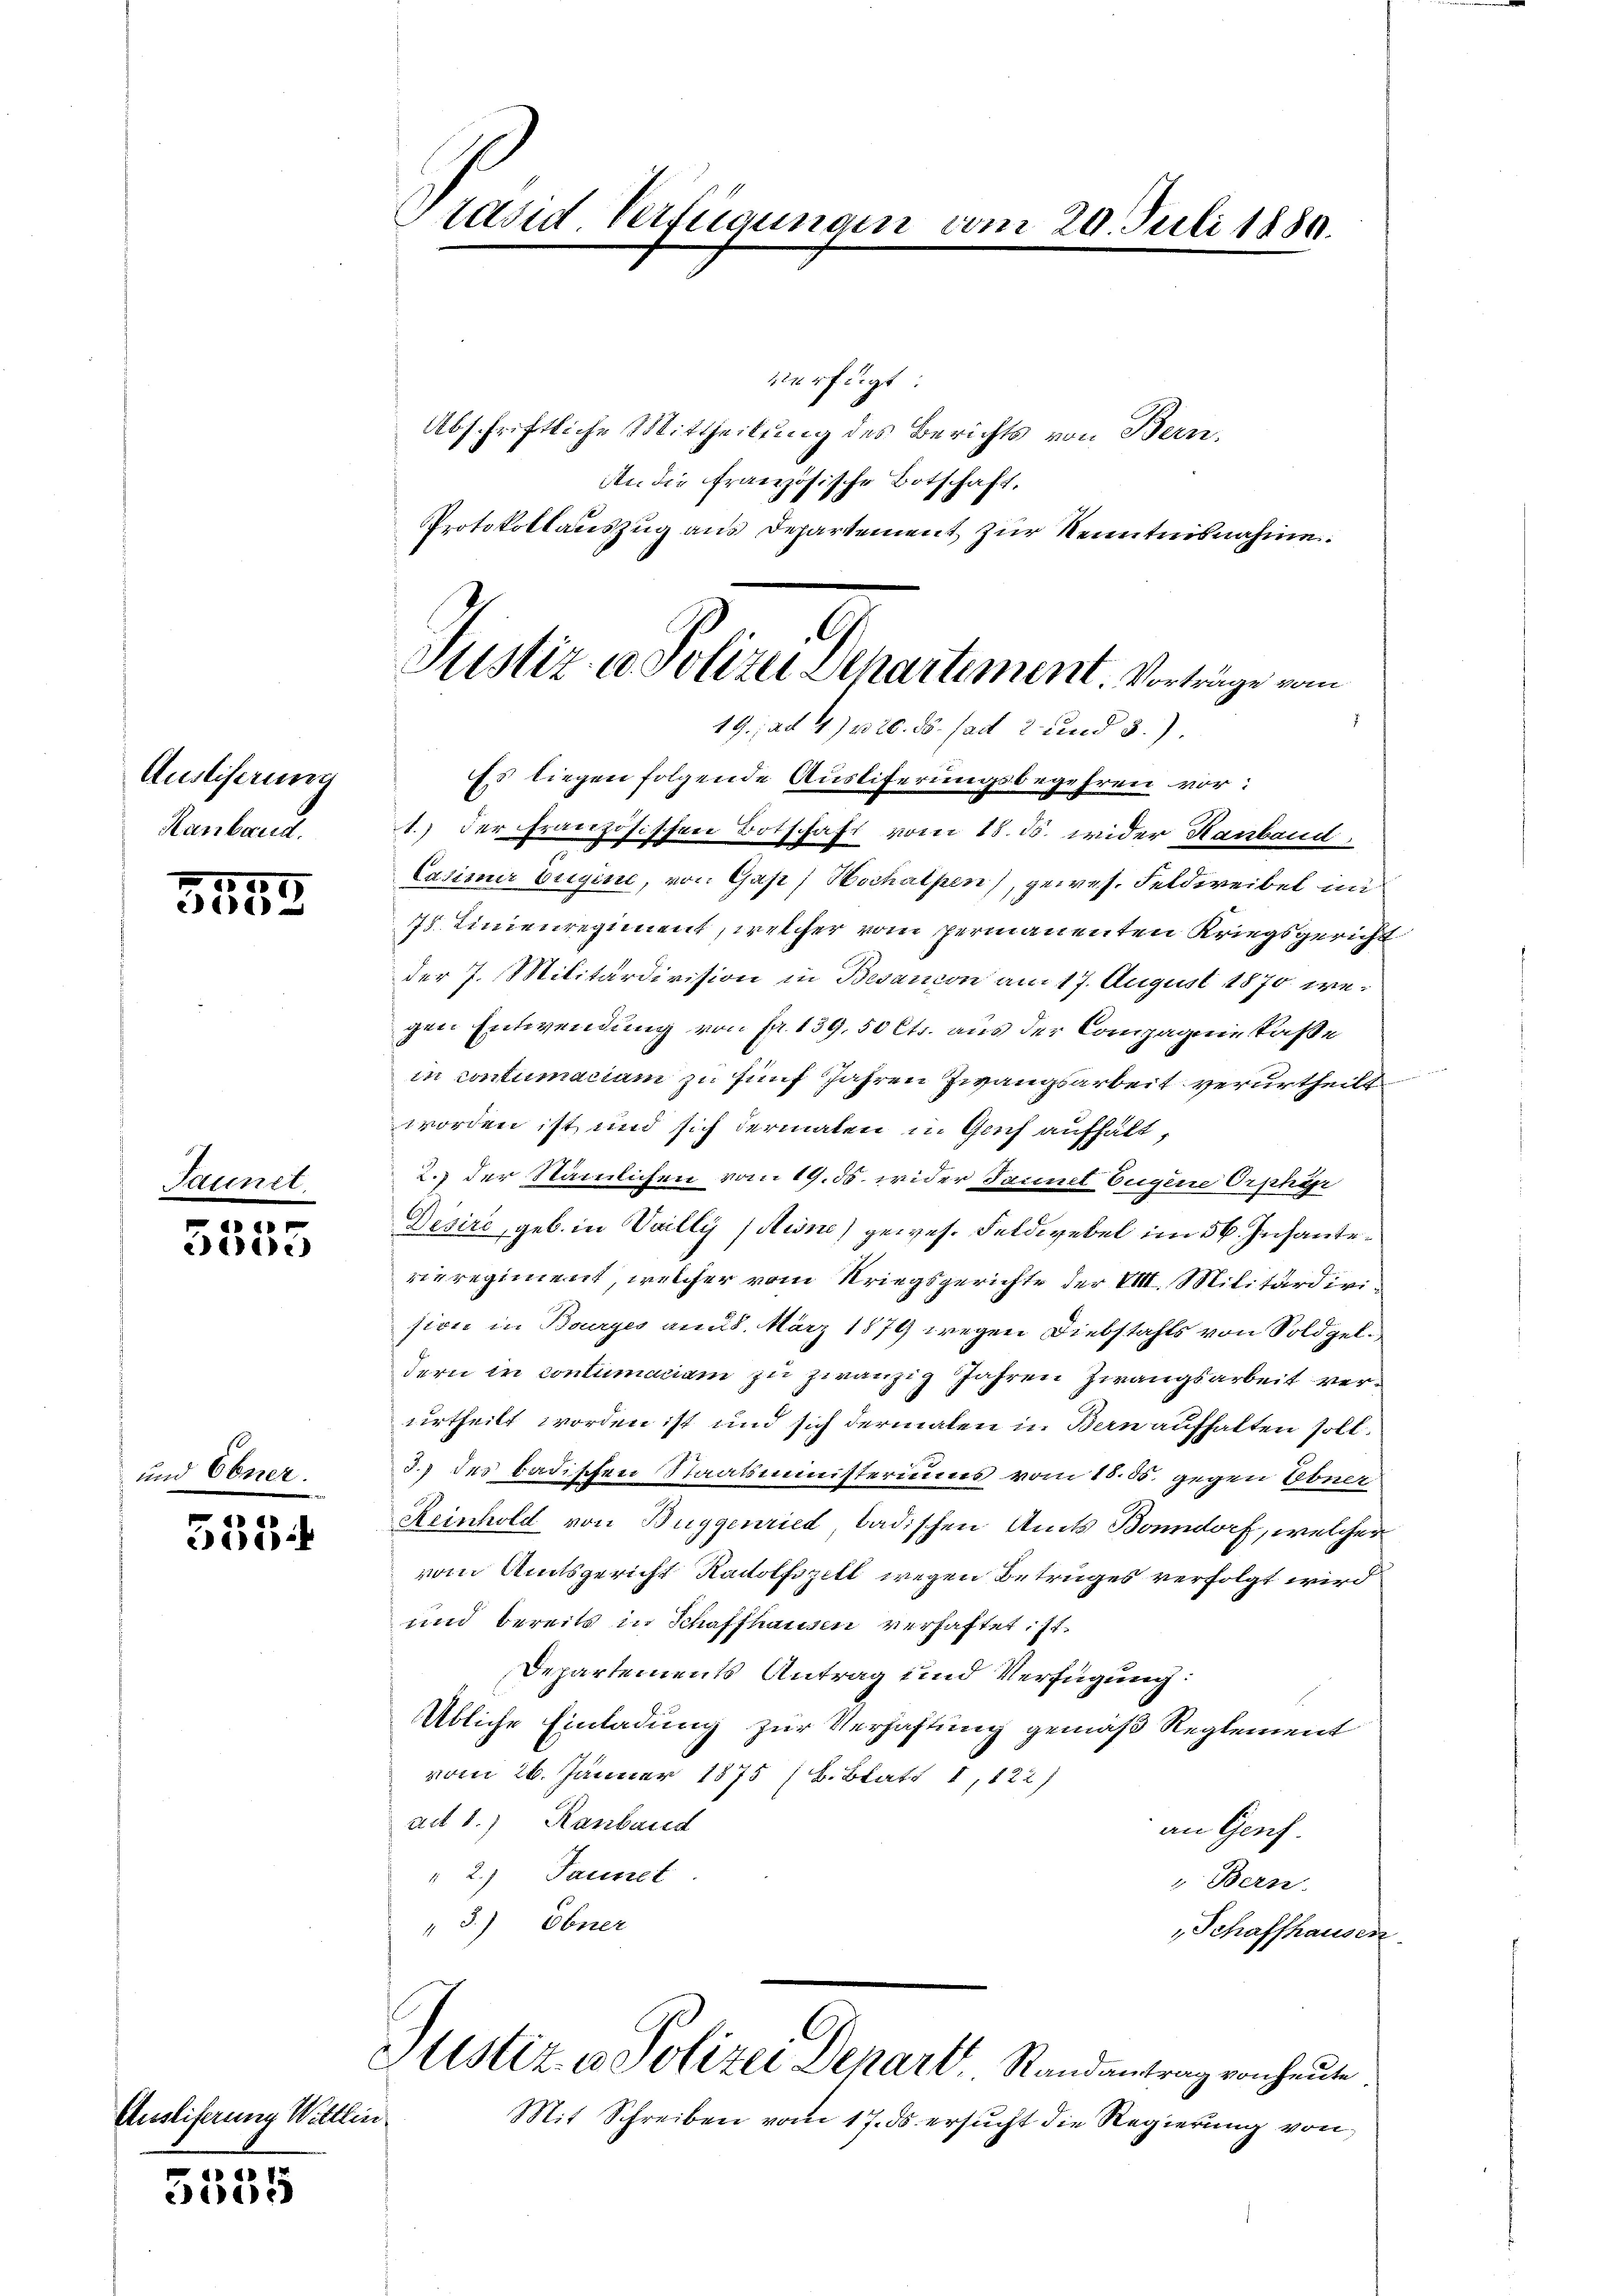
Ausliferung
Ranbaud.

1ter

25.
200

.
3555

et.

535.

5535

8

Ausliferung Wittlin

Präsid. Verfügungen vom 20. Juli 1880.

verfügt:
Abschriftliche Mittheilung des Berichts von Bern.
Atr. die Französische Botschaft,
Protokollauszug aus Departement zur Kenntnisnahme.
Es liegen folgende Ausliferungsbegehren vor:
1.) Der Französischen Botschaft vom 18. ds. wider Hanband:
e
Casimmer Eigene, von Gas; Hochalpen), gewes. Feldweibel in
75 Linienregiment, welcher vom permanenten Kriegsgericht
der J. Militärdivision in Besanon am 17. August 1870 wegen Entwendung von fr. 139, 50 Cts. aus der Compagnie saße
in contumacium zu fünf Jahren Zwangsarbeit verurtheilt
worden ist und sich dermalen u. Genf aufhält,
2. der Stämmlichen vom 19. ds. wider Tannel Eugene Orphyr
Disire, geb. in Vailly (Rine) gewes. Feldwebel im 56. Infantevieregiment, welcher vom Kriegsgerichte der VIII. Militärdivision in Bourges am 8. März 1879 wegen Diebstahls von Soldgeldern in contumaciam zu zwanzig Jahren Zwangsarbeit verurtheilt worden ist und sich dermalen in Bern aufhalten soll.
d.) des badischen Staatsministeriums vom 15. 55. gegen Lebner
Reinhold von Buggenried, badischen Amts Bonndorf, welcher
vom Amtsgericht Radolfszelt wegen Betruges verfolgt wird
und bereits in Schaffhausen verhaftet ist.
Departements Antrag und Verfügung:
Übliche Einladung zur Verhaftung gemäß Reglement
vom 26. Jänner 1875 (B. Blatt 1,822)
ad 8.) Ranbaud
an Genf
" 2.) Tauset
Bern.
3.) Ebner
Schaffhausen
Justiz u. Polizei Depart, Randantrag von heute
Mit Schreiben vom 17. ds ersucht die Regierung von

Justiz u. Polizei Departement. Vorträge vom
19. ad 1) u. 20. ds. ad 2 und 3.).

.